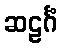
ဆဠင်္ဂံ